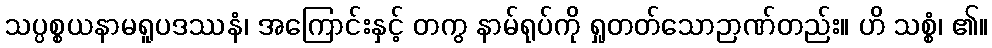
သပ္ပစ္စယနာမရူပဒဿနံ၊ အကြောင်းနှင့် တကွ နာမ်ရုပ်ကို ရှုတတ်သောဉာဏ်တည်း။ ဟိ သစ္စံ၊ ၏။